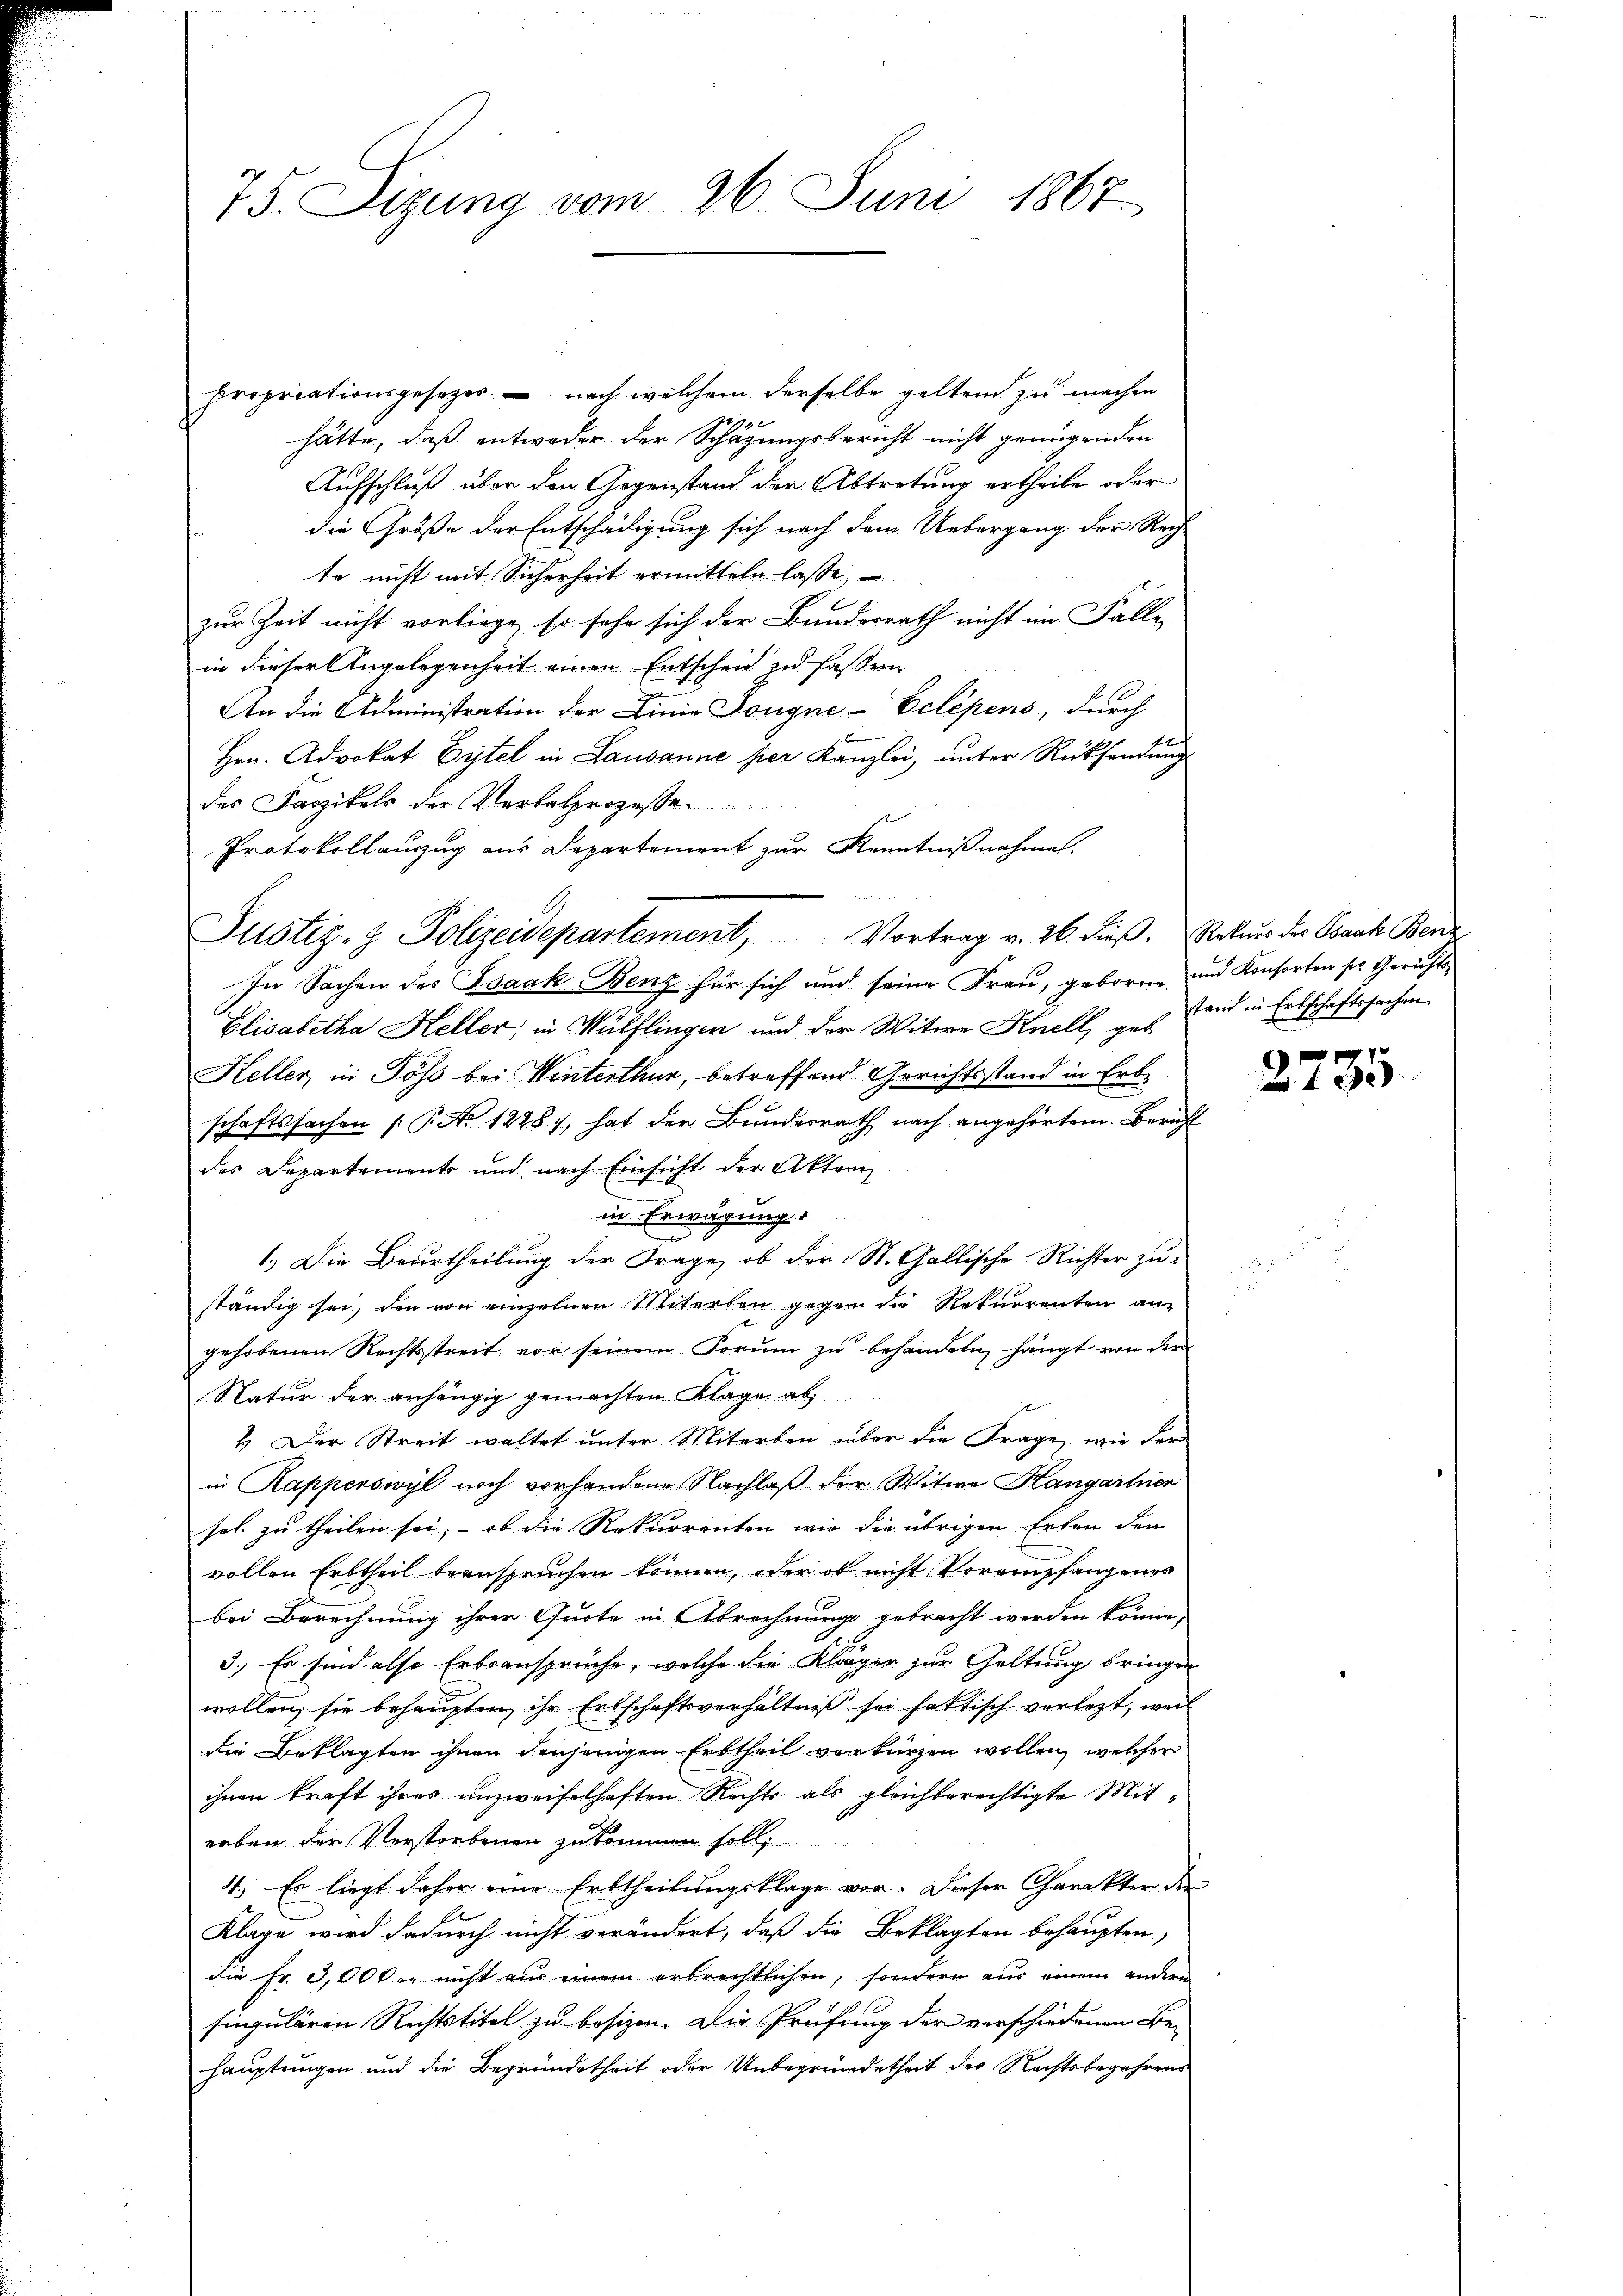
75. Sizung vom 26. Juni 1867

propriationsgesetzes – nach welchem derselbe geltend zu machen
hätte, daß entweder der Schätzungsbericht nicht genügenden
Aufschluß über den Gegenstand der Abtretung ertheile oder
die Größe der Entschädigung sich nach dem Uebergang der Rechte nicht mit Sicherheit ermitteln lasse,
zur Zeit nicht vorliege, so sehe sich der Bundesrath nicht im Falle
in dieser Angelegenheit einen Entscheid zu fassen
An die Administration der Linie Dougne-Eclépens, durch
Hrn. Advokat Eytel in Lausanne per Kanzlei, unter Rücksendung
des Faszikels der Verbalprozesse
Protokollauszug aus Departement zur Kenntniβnahme.
In Sachen des Isaak Benz für sich und seine Frau, geboren und Konsorten ser Gerichts¬
Elisabetha Keller, in Wülflingen und der Witwe Knell, geb. Land in Erbschaftssachen.
Keller in Pöss bei Winterthur, betreffend Gerichtsstand in Erbe
schaftssachen (: P. No 1228), hat der Bundesrath nach angehörtem Bericht
des Departements und nach Einsicht der Akten
in Erwägung
1.) Die Beurtheilung der Frage, ob der St. Gallische Richter zuständig sei, den von einzelnen Miterben gegen die Rekurrenten angehobenen Rechtsstreit vor seinem Vorum zu behandeln, hängt von der
Natur der anhängig gemachten Klage ab
4. Der Streit waltet unter Miterben über die Frage, wie der
in Kapperswyl noch vorhandene Nachlaß der Witwe Kangartner
sel. zu theilen sei; — ob die Rekurrenten wie die übrigen Erben den
vollen Erbtheil beanspruchen können, oder ob nicht Vorempfangenes
e
bei Berechnung ihrer Quote in Abrechnung gebracht werden könne,
2
3.) Es sind also Erbsansprüche, welche die Kläger zur Geltung bringen
wollen, sie behaupten, ihr Erbschaftsverhältniß sei faktisch verlegt, weil
die Beklagten ihnen denjenigen Erbtheil verkürzen wollen, welcher
ihnen kraft ihres unzweifelhaften Rechts als gleichberechtigte Miterben der Verstorbenen zu kommen soll,
4.) Es liegt daher eine Erbtheilungsklage vor. Dieser Charakter der
Klage wird dadurch nicht verändert, daß die Beklagten behaupten,
die Fr. 3,000 r. nicht aus einem erbrechtlichen, sondern aus einem andern
singulären Rechtstitel zu besizen. Die Prüfung der verschiedenen Be-
hauptungen und die Begründetheit oder Unbegründetheit des Rechtsbegehrens

Justiz- & Polizeidepartement, Vortrag v. 26. dieβ.  Natur der Braut Benz

2735